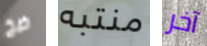
ضخ منتبه آخر